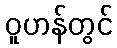
ဝူဟန်တွင်